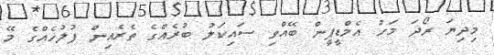
މިދިޔަ ރޯދަ މަހު އެމްޑީޕީން ބޭއްވި ސައިކަލު ބުރެއްގެ ތެރެއިން ފުލުހެއްގެ މޭ